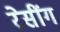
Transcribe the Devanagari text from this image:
रेसींग